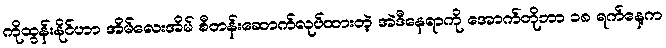
ကိုထွန်းနိုင်ဟာ အိမ်လေးအိမ် စီတန်းဆောက်လုပ်ထားတဲ့ အဲဒီနေရာကို အောက်တိုဘာ ၁၈ ရက်နေ့က